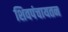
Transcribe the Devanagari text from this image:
शिवपंचायतन